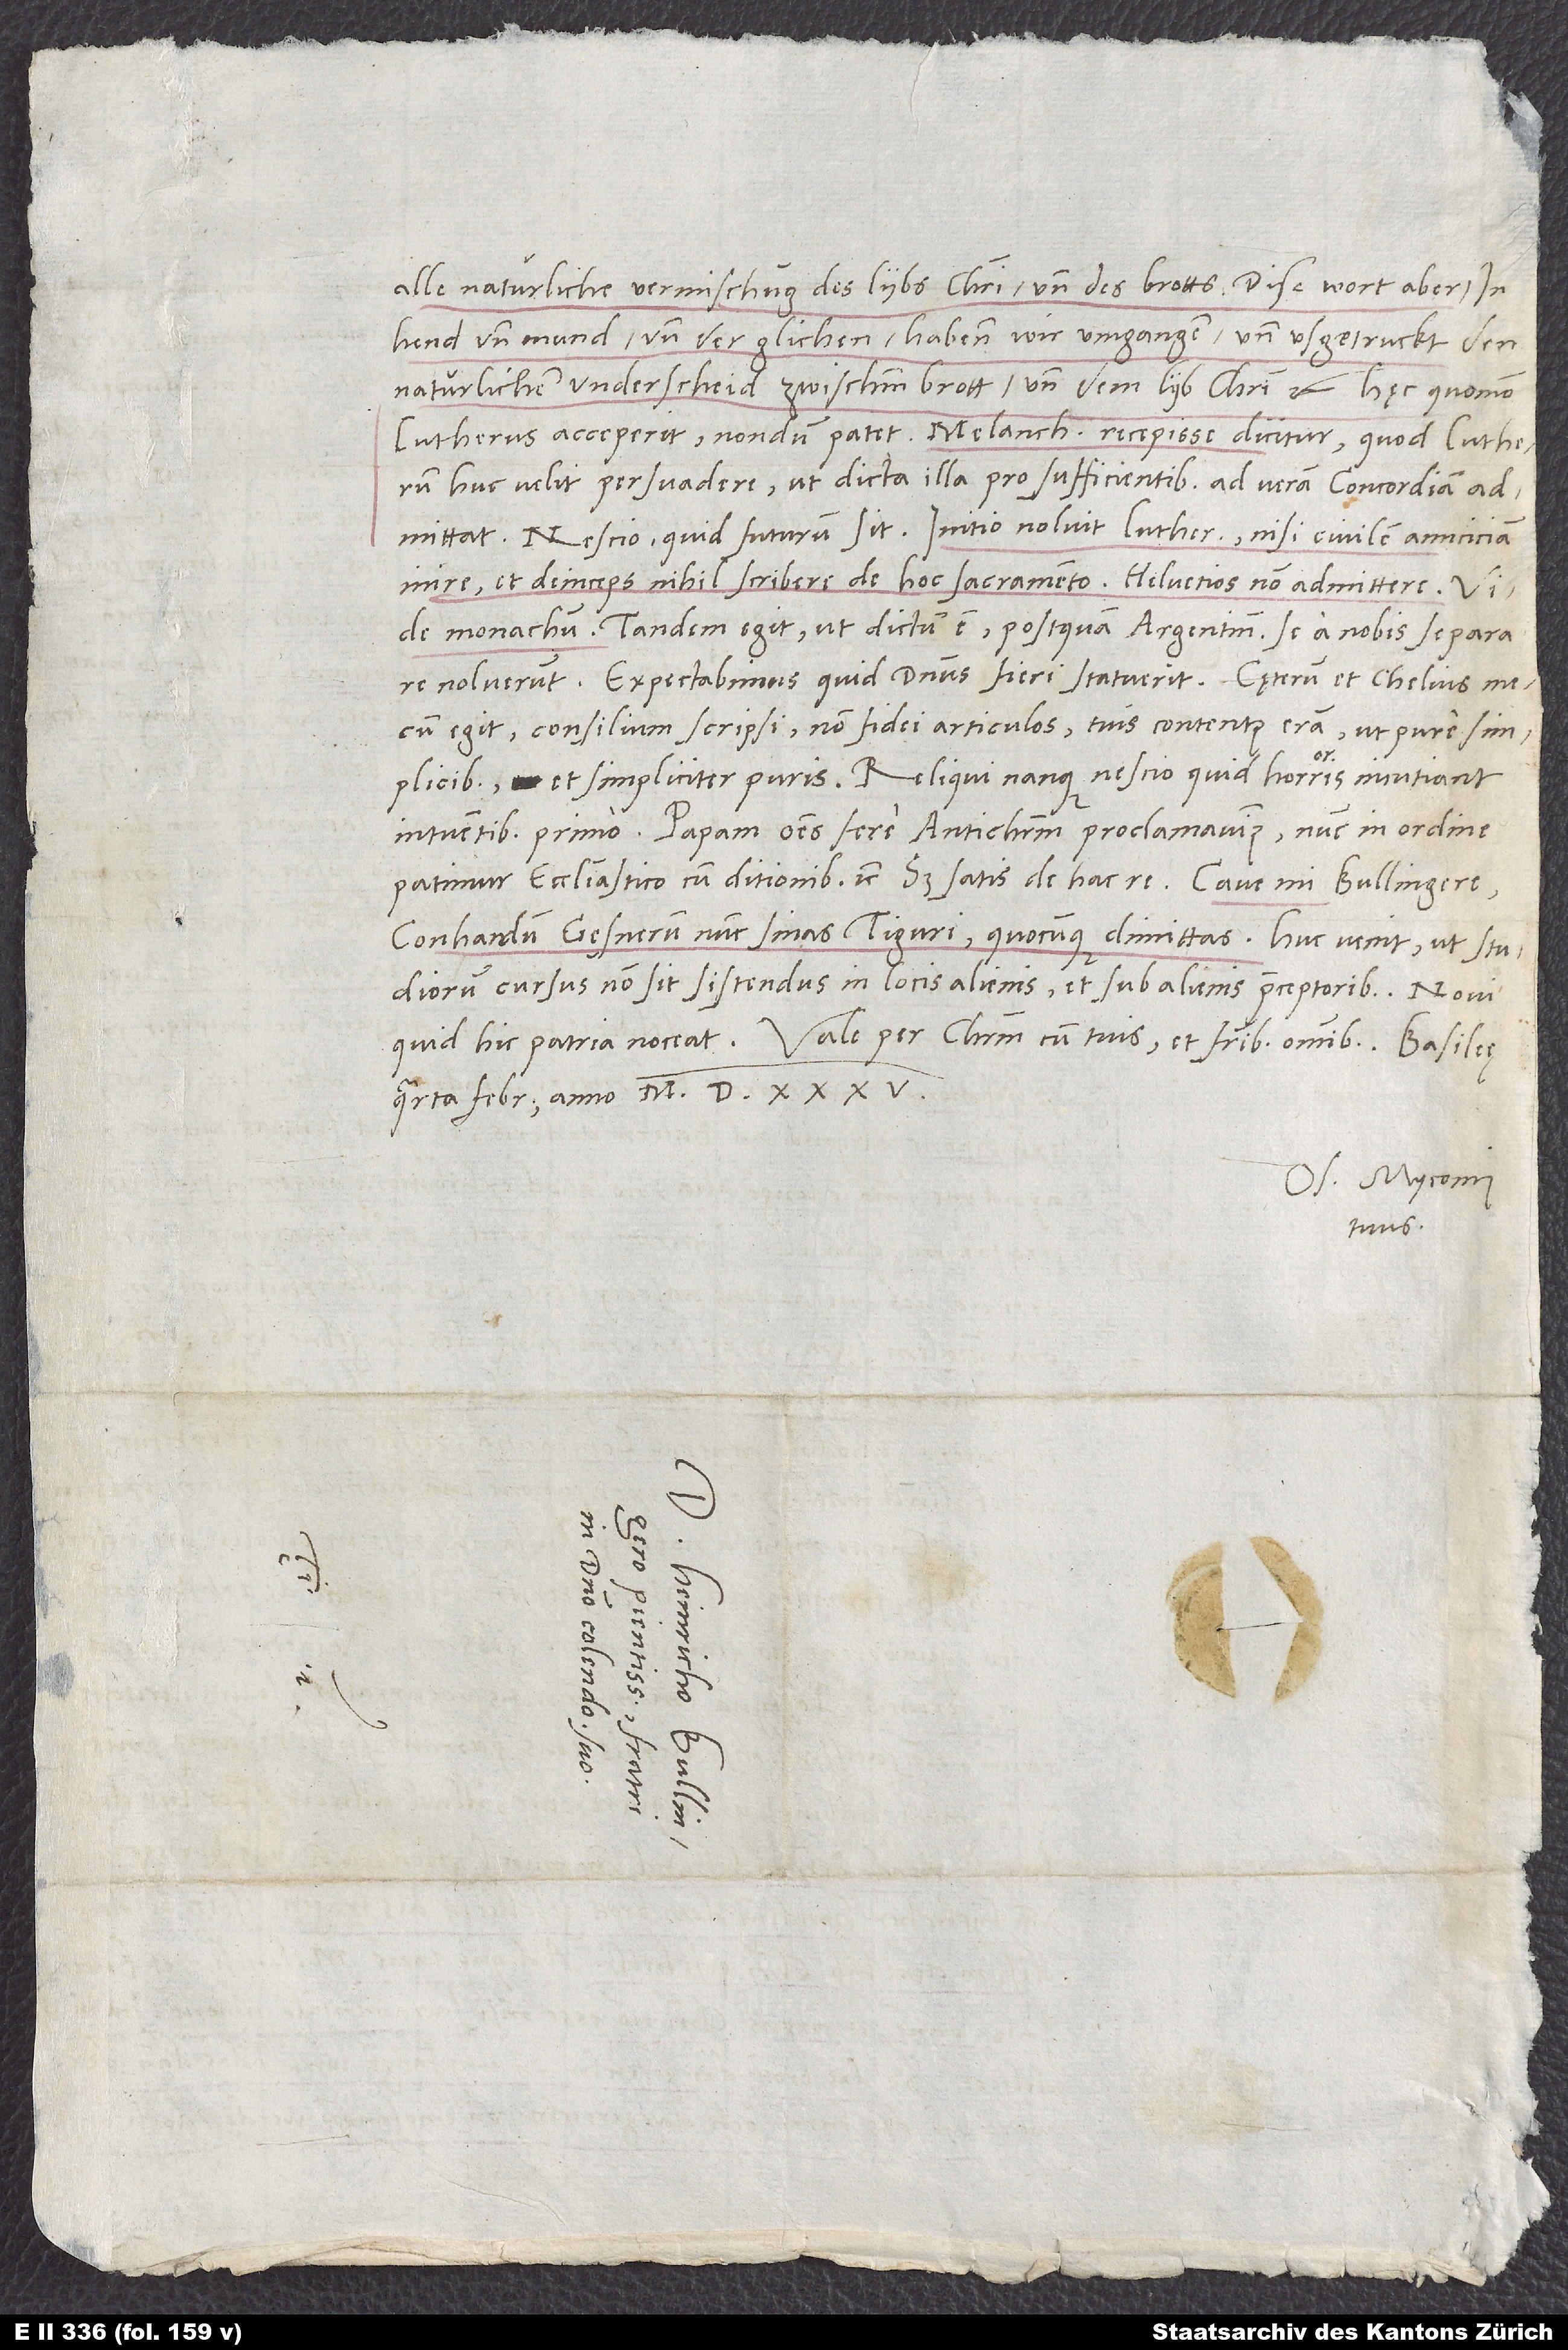
huc velit persuadere, ut dicta illa pro sufficientibus ad veram concordiam
admittat. Nescio, quid futurum sit. Initio noluit Lutherus nisi civilem amiciciam
inire et deinceps nihil scribere de hoc sacramento, Helvetios non admittere. Vide
monachum! Tandem egit, ut dictum est, postquam Argentinenses se a nobis separare
egit. Consilium scripsi, non fidei articulos. Tuis contentus eram ut pure simplicibus
et simpliciter puris. Reliqui nanque nescio quid horroris incutiant
intuentibus primo. Papam omnes fere antichristum proclamavimus; nunc in ordine
Conhardum Gesnerum nunc sinas Tiguri, quocunque dimittas. Huc venit, ut studiorum
cursus non sit sistendus in locis alienis et sub alienis pręceptoribus. Novi,
quarta februarii anno 1535.
O. Myconius
tuus.
S.